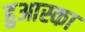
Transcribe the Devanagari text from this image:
हुआस्का